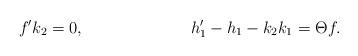
LaTeX: \begin{align*}f'k_2&=0,&h_1'-h_1-k_2k_1&=\Theta f.\end{align*}